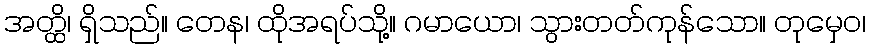
အတ္ထိ၊ ရှိသည်။ တေန၊ ထိုအရပ်သို့။ ဂမာယော၊ သွားတတ်ကုန်သော။ တုမှေဝ၊